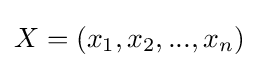
X=(x_{1},x_{2},...,x_{n})